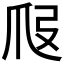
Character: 𤓷